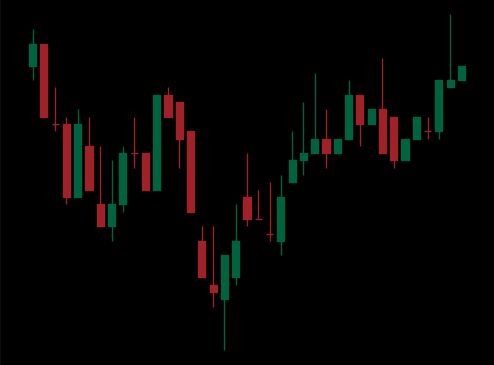
Pattern: inverse_head_shoulders